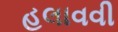
હલાવવી